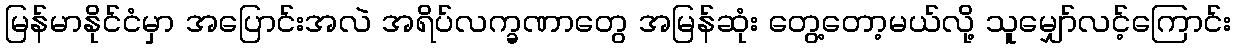
မြန်မာနိုင်ငံမှာ အပြောင်းအလဲ အရိပ်လက္ခဏာတွေ အမြန်ဆုံး တွေ့တော့မယ်လို့ သူမျှော်လင့်ကြောင်း